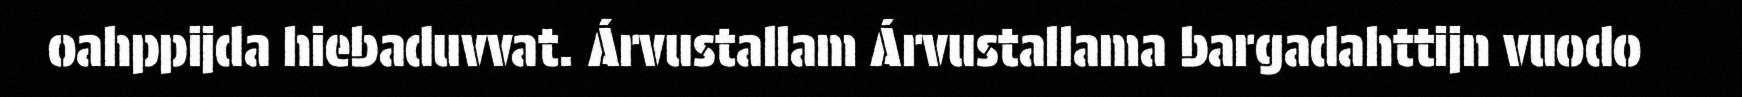
oahppijda hiebaduvvat. Árvustallam Árvustallama bargadahttijn vuodo